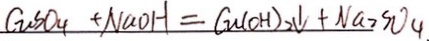
G _ { u } S O _ { 4 } + N a O H = G u ( O H ) _ { 2 } \downarrow + N a _ { 2 } S O _ { 4 } .